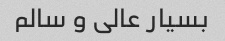
بسیار عالی و سالم